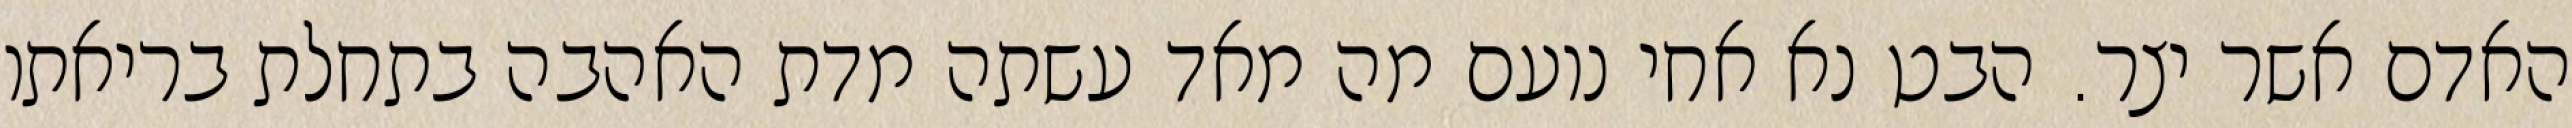
האדם אשר יצר. הבט נא אחי נועם מה מאד עשתה מדת האהבה בתחלת בריאתו